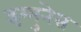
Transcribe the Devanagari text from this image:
इम्मुनेस